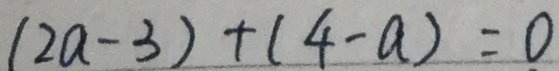
( 2 a - 3 ) + ( 4 - a ) = 0